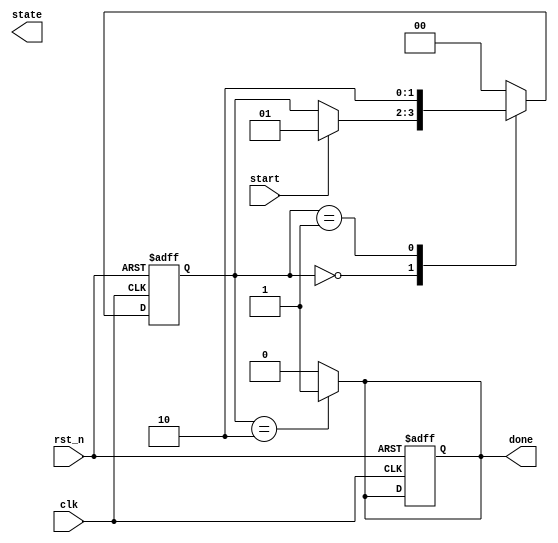
module fsm_example (
    input wire clk,          // Clock input
    input wire rst_n,       // Active-low reset
    input wire start,       // Input signal to start the FSM
    output reg [1:0] state, // Current state output
    output reg done         // Output signal indicating completion
);

    // State encoding
    localparam IDLE    = 2'b00;
    localparam STATE1  = 2'b01;
    localparam STATE2  = 2'b10;

    // State variable
    reg [1:0] current_state, next_state;

    // Initialization logic
    always @(posedge clk or negedge rst_n) begin
        if (!rst_n) begin
            current_state <= IDLE; // Initialize to default state
            done <= 1'b0;          // Reset done signal
        end else begin
            current_state <= next_state; // Update current state
        end
    end

    // State transition logic
    always @(*) begin
        // Default next state
        next_state = current_state;
        done = 1'b0; // Default done signal

        case (current_state)
            IDLE: begin
                if (start) begin
                    next_state = STATE1; // Transition to STATE1
                end
            end
            
            STATE1: begin
                next_state = STATE2; // Transition to STATE2
            end
            
            STATE2: begin
                next_state = IDLE;   // Transition back to IDLE
                done = 1'b1;         // Set done signal
            end
            
            default: begin
                next_state = IDLE;   // Fallback to IDLE
            end
        endcase
    end

    // Output logic can be handled in the state transition logic as shown

endmodule